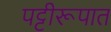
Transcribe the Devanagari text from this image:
पट्टीरूपात